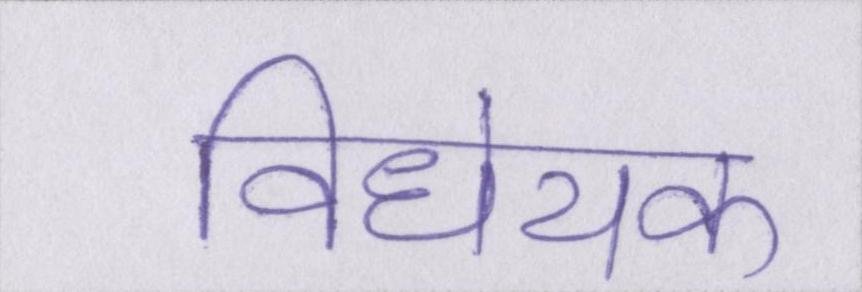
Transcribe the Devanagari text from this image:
विधेयक